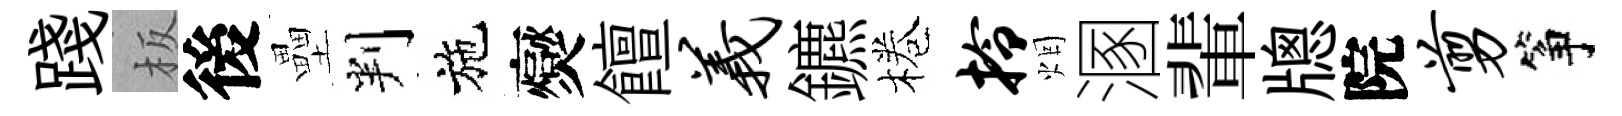
踐板後壘判施爕饘义鑣棬拎烟溷輩牕院剪筝